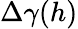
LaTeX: \Delta\gamma(h)